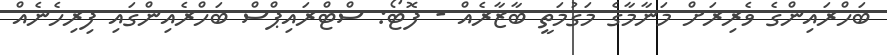
ބަހްރައިންގެ ވެރިރަށް މަނާމާގެ މަގުމަތީ ބާޒާރެއް - ފޮޓޯ: ސްޓްރައިޕްސް ބަހްރެއިންގައި ފިރިހެނެއް